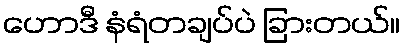
ဟောဒီ နံရံတချပ်ပဲ ခြားတယ်။